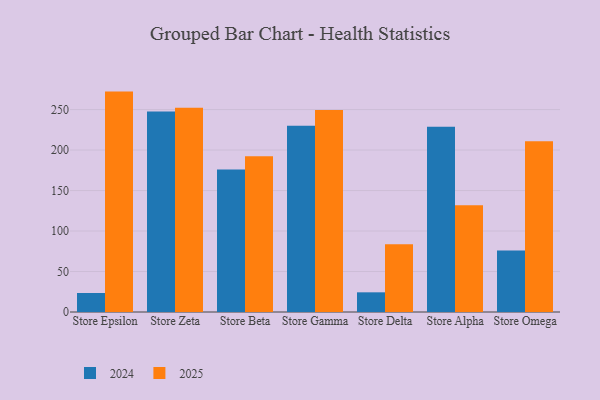
{"axis": {"x": "Store", "y": "Customer Acquisition Cost (USD)"}, "legend": ["2024", "2025"], "data": [{"x": "Store Epsilon", "y": 272.2, "type": "2025"}, {"x": "Store Epsilon", "y": 23.5, "type": "2024"}, {"x": "Store Zeta", "y": 252.2, "type": "2025"}, {"x": "Store Zeta", "y": 247.7, "type": "2024"}, {"x": "Store Beta", "y": 192.3, "type": "2025"}, {"x": "Store Beta", "y": 176.1, "type": "2024"}, {"x": "Store Gamma", "y": 249.4, "type": "2025"}, {"x": "Store Gamma", "y": 229.9, "type": "2024"}, {"x": "Store Delta", "y": 83.6, "type": "2025"}, {"x": "Store Delta", "y": 24.3, "type": "2024"}, {"x": "Store Alpha", "y": 131.9, "type": "2025"}, {"x": "Store Alpha", "y": 228.7, "type": "2024"}, {"x": "Store Omega", "y": 211.0, "type": "2025"}, {"x": "Store Omega", "y": 76.1, "type": "2024"}]}